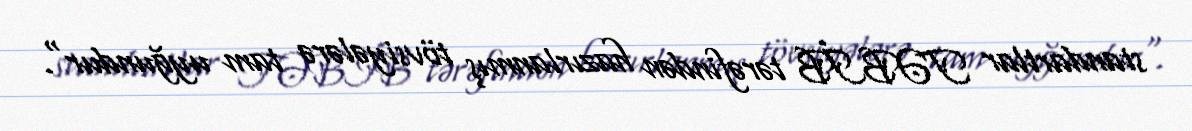
standartlar TƏBİB tərəfindən hazırlanmış tövsiyələrə tam uyğundur".